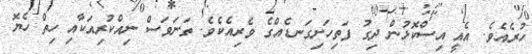
ހުރެއެވެ. އެއީ އިސްކޮޅުން ދިގު ފަތިހަށިގަނޑެއްގެ ވެރިއެކެވެ. ތަނަވަސް ނިއްކުރިއަކާއި ހިތް ހެޔޮ